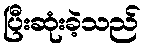
ပြီးဆုံးခဲ့သည်